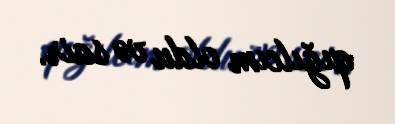
qığılcım oldu və sair.